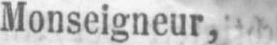
Monseigneur,